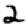
Digit: 2